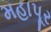
મહાપૂર